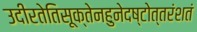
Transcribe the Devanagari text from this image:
उदीरतेतिसूक्तेनहुनेदष्टोत्तरंशतं